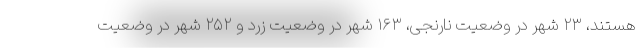
هستند، ۲۳ شهر در وضعیت نارنجی، ۱۶۳ شهر در وضعیت زرد و ۲۵۲ شهر در وضعیت